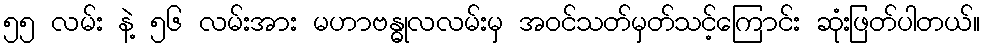
၅၅ လမ်း နဲ့ ၅၆ လမ်းအား မဟာဗန္ဓုလလမ်းမှ အဝင်သတ်မှတ်သင့်ကြောင်း ဆုံးဖြတ်ပါတယ်။